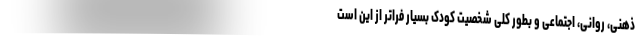
ذهنی، روانی، اجتماعی و بطور کلی شخصیت کودک بسیار فراتر از این است